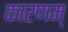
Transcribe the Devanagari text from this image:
कारणम्